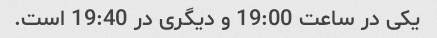
یکی در ساعت 19:00 و دیگری در 19:40 است.